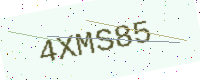
Text: 4XMS85